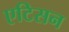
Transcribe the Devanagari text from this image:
एटिसन